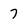
Character: 7